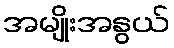
အမျိုးအနွယ်